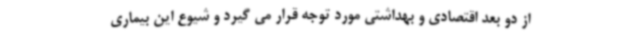
از دو بعد اقتصادی و بهداشتی مورد توجه قرار می گیرد و شیوع این بیماری